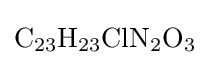
{\mathrm {C} {\vphantom {A}}_{\smash[{t}]{23}}\mathrm {H} {\vphantom {A}}_{\smash[{t}]{23}}\mathrm {ClN} {\vphantom {A}}_{\smash[{t}]{2}}\mathrm {O} {\vphantom {A}}_{\smash[{t}]{3}}}